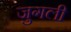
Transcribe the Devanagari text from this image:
जुगली